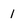
Character: 1